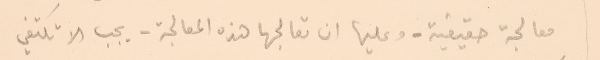
معالجة حقيقية. وعليها ان تعالجها هذه المعالجة - يجب الا تكتفي